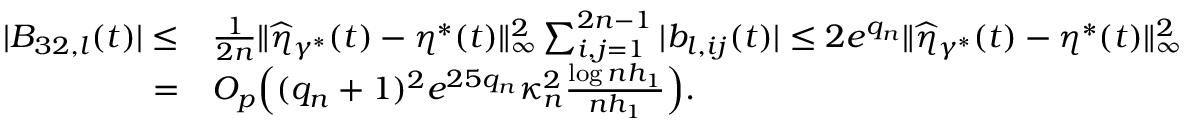
\begin{array} { r l } { | B _ { 3 2 , l } ( t ) | \le } & { \frac { 1 } { 2 n } \| \widehat { \eta } _ { \gamma ^ { * } } ( t ) - \eta ^ { * } ( t ) \| _ { \infty } ^ { 2 } \sum _ { i , j = 1 } ^ { 2 n - 1 } | b _ { l , i j } ( t ) | \le 2 e ^ { q _ { n } } \| \widehat { \eta } _ { \gamma ^ { * } } ( t ) - \eta ^ { * } ( t ) \| _ { \infty } ^ { 2 } } \\ { = } & { O _ { p } \Big ( ( q _ { n } + 1 ) ^ { 2 } e ^ { 2 5 q _ { n } } \kappa _ { n } ^ { 2 } \frac { \log n h _ { 1 } } { n h _ { 1 } } \Big ) . } \end{array}